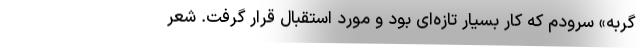
گربه» سرودم که کار بسیار تازه‌ای بود و مورد استقبال قرار گرفت. شعر